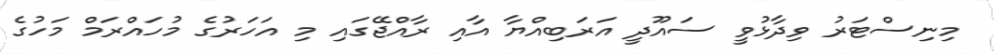
މިނިސްޓަރު ވިދާޅުވީ ސައޫދީ އަރަބިއްޔާ އާއި ރާއްޖޭގައި މި އަހަރުގެ މުހައްރަމް މަހުގެ